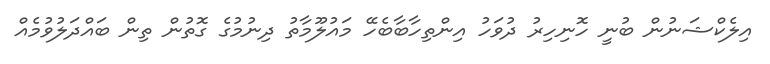
އިލެކްޝަނުން ބުނީ ހޮނިހިރު ދުވަހު އިންތިހާބާބެހޭ މައުލޫމާތު ދިނުމުގެ ގޮތުން ތިން ބައްދަލުވުމެއް